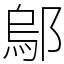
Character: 鄔